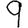
Digit: 9